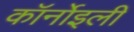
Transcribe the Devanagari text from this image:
कॉर्नोइली